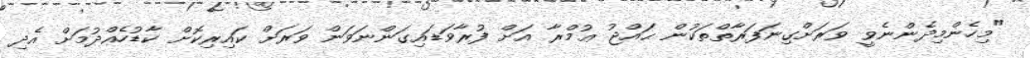
"މިހެންމިދެންނެވީ ވަރަށްގިނަފަރާތްތަކުން ޙައްޖު ޢުމްރާ އަށް ފުރާވަޑައިގަންނަވަން ވަރަށް ކައިރިކޮށް ކާޑުހެއްދުމަށް އެދި